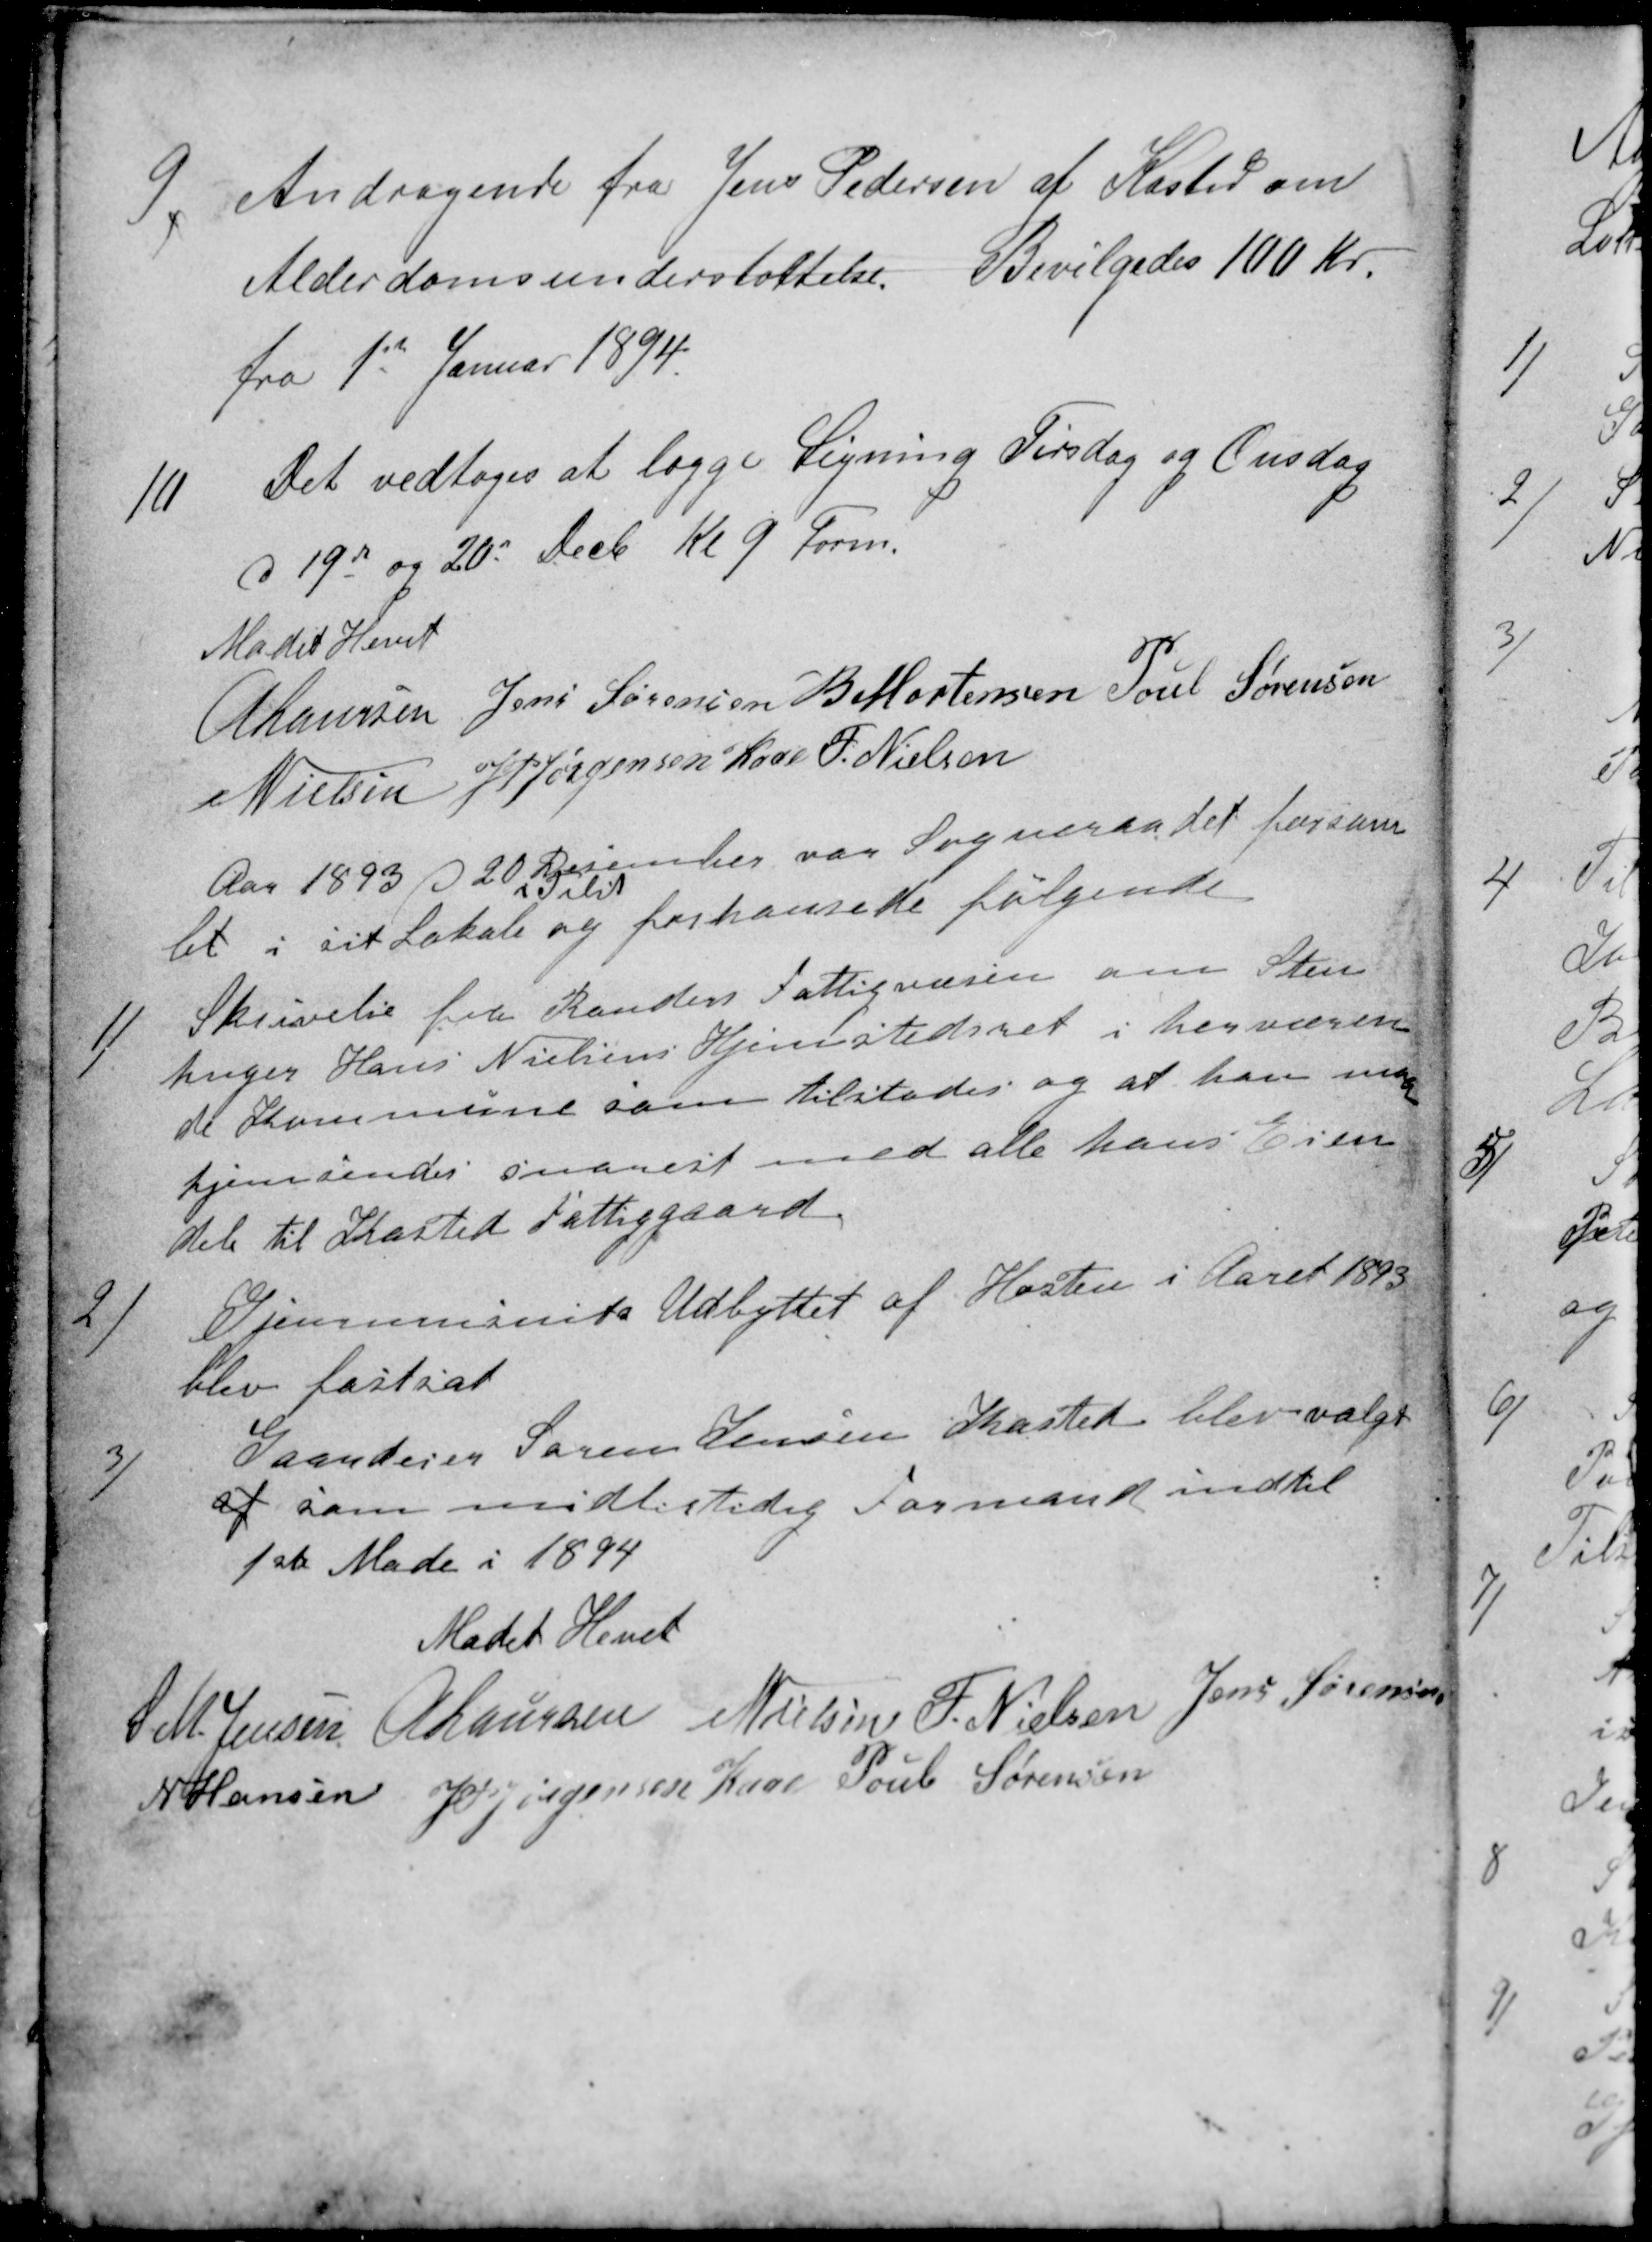
Transskription:
9.
Andragende fra Jens Pedersen af Kasted om
Alderdomsunderstøttelse. Bevilgedes 100 Kr.
fra 1ste Januar 1894.
10
Det vedtoges at lægge Ligning Tirsdag og Onsdag
d 19de og 20de Decb Kl 9 Form.
Mødet Hevet
A Laursen
Jens Sørensen
B. Mortensen
Poul Sørensen
N Nielsen
J PJørgensen Kaae
F. Nielsen
Aar 1893 d 20 Desember var Sogneraadet forsam
let i sit Lokale
i Tilst
og forhanlede følgende
1)
Skrivelse fra Randers Fattigvæsen om Sten
huger Hans Nielsens Hjemstedsret i herværen
de Kommune som tilstodes og at han maa
hjemsendes snarest med alle hans Eien
dele til Kasted Fattiggaard.
2)
Gjennemsnits Udbyttet af Høsten i Aaret 1893
blev fastsat
3)
Gaardeier Søren Jensen Kasted blev valgt
af som midlertidig Formand indtil
1ste Møde i 1894
Mødet Hevet
S M. Jensen
A Laursen
N Nielsen
F. Nielsen
Jens Sørensen
N Hansen
J PJørgensen Kaae
Poul Sørensen